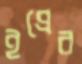
ইপ্রের